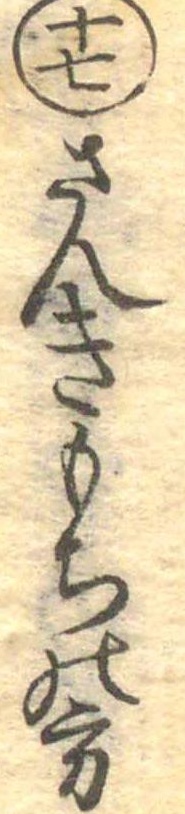
十七さんきもちの方